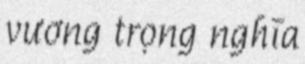
vương trọng nghĩa